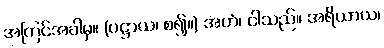
အကြင်အခါမှ။ (ပဋ္ဌာယ၊ စ၍။) အဟံ၊ ငါသည်။ အရိယာယ၊